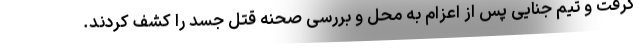
گرفت و تیم جنایی پس از اعزام به محل و بررسی صحنه قتل جسد را کشف کردند.